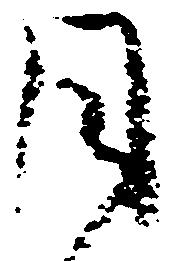
月